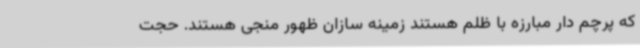
که پرچم دار مبارزه با ظلم هستند زمینه سازان ظهور منجی هستند. حجت